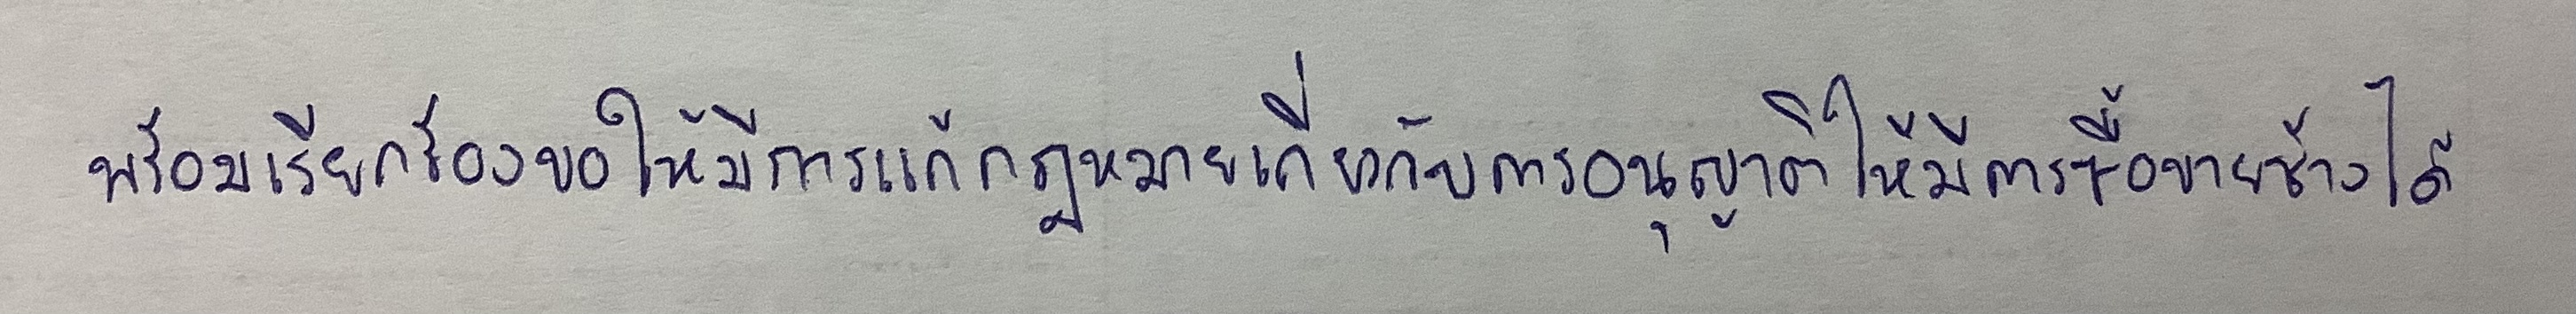
พร้อมเรียกร้องขอให้มีการแก้กฎหมายเกี่ยวกับการอนุญาตให้มีการซื้อขายช้างได้